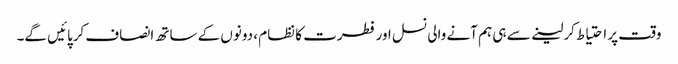
وقت پر احتیاط کرلینے سے ہی ہم آنے والی نسل اور فطرت کا نظام ، دونوں کے ساتھ انصاف کرپائیں گے۔